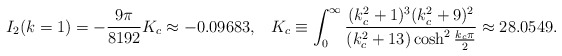
\begin{align*}I_2(k=1)=-\frac{9\pi}{8192}K_c\approx -0.09683, \;\;\; K_c\equiv \int^{\infty}_0\frac{(k^2_c+1)^3(k^2_c+9)^2}{(k^2_c+13)\cosh^2\frac{k_c\pi}{2}}\approx 28.0549.\end{align*}